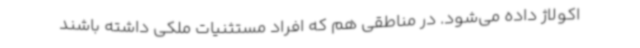
اکولاژ داده می‌شود. در مناطقی هم که افراد مستثنیات ملکی داشته باشند